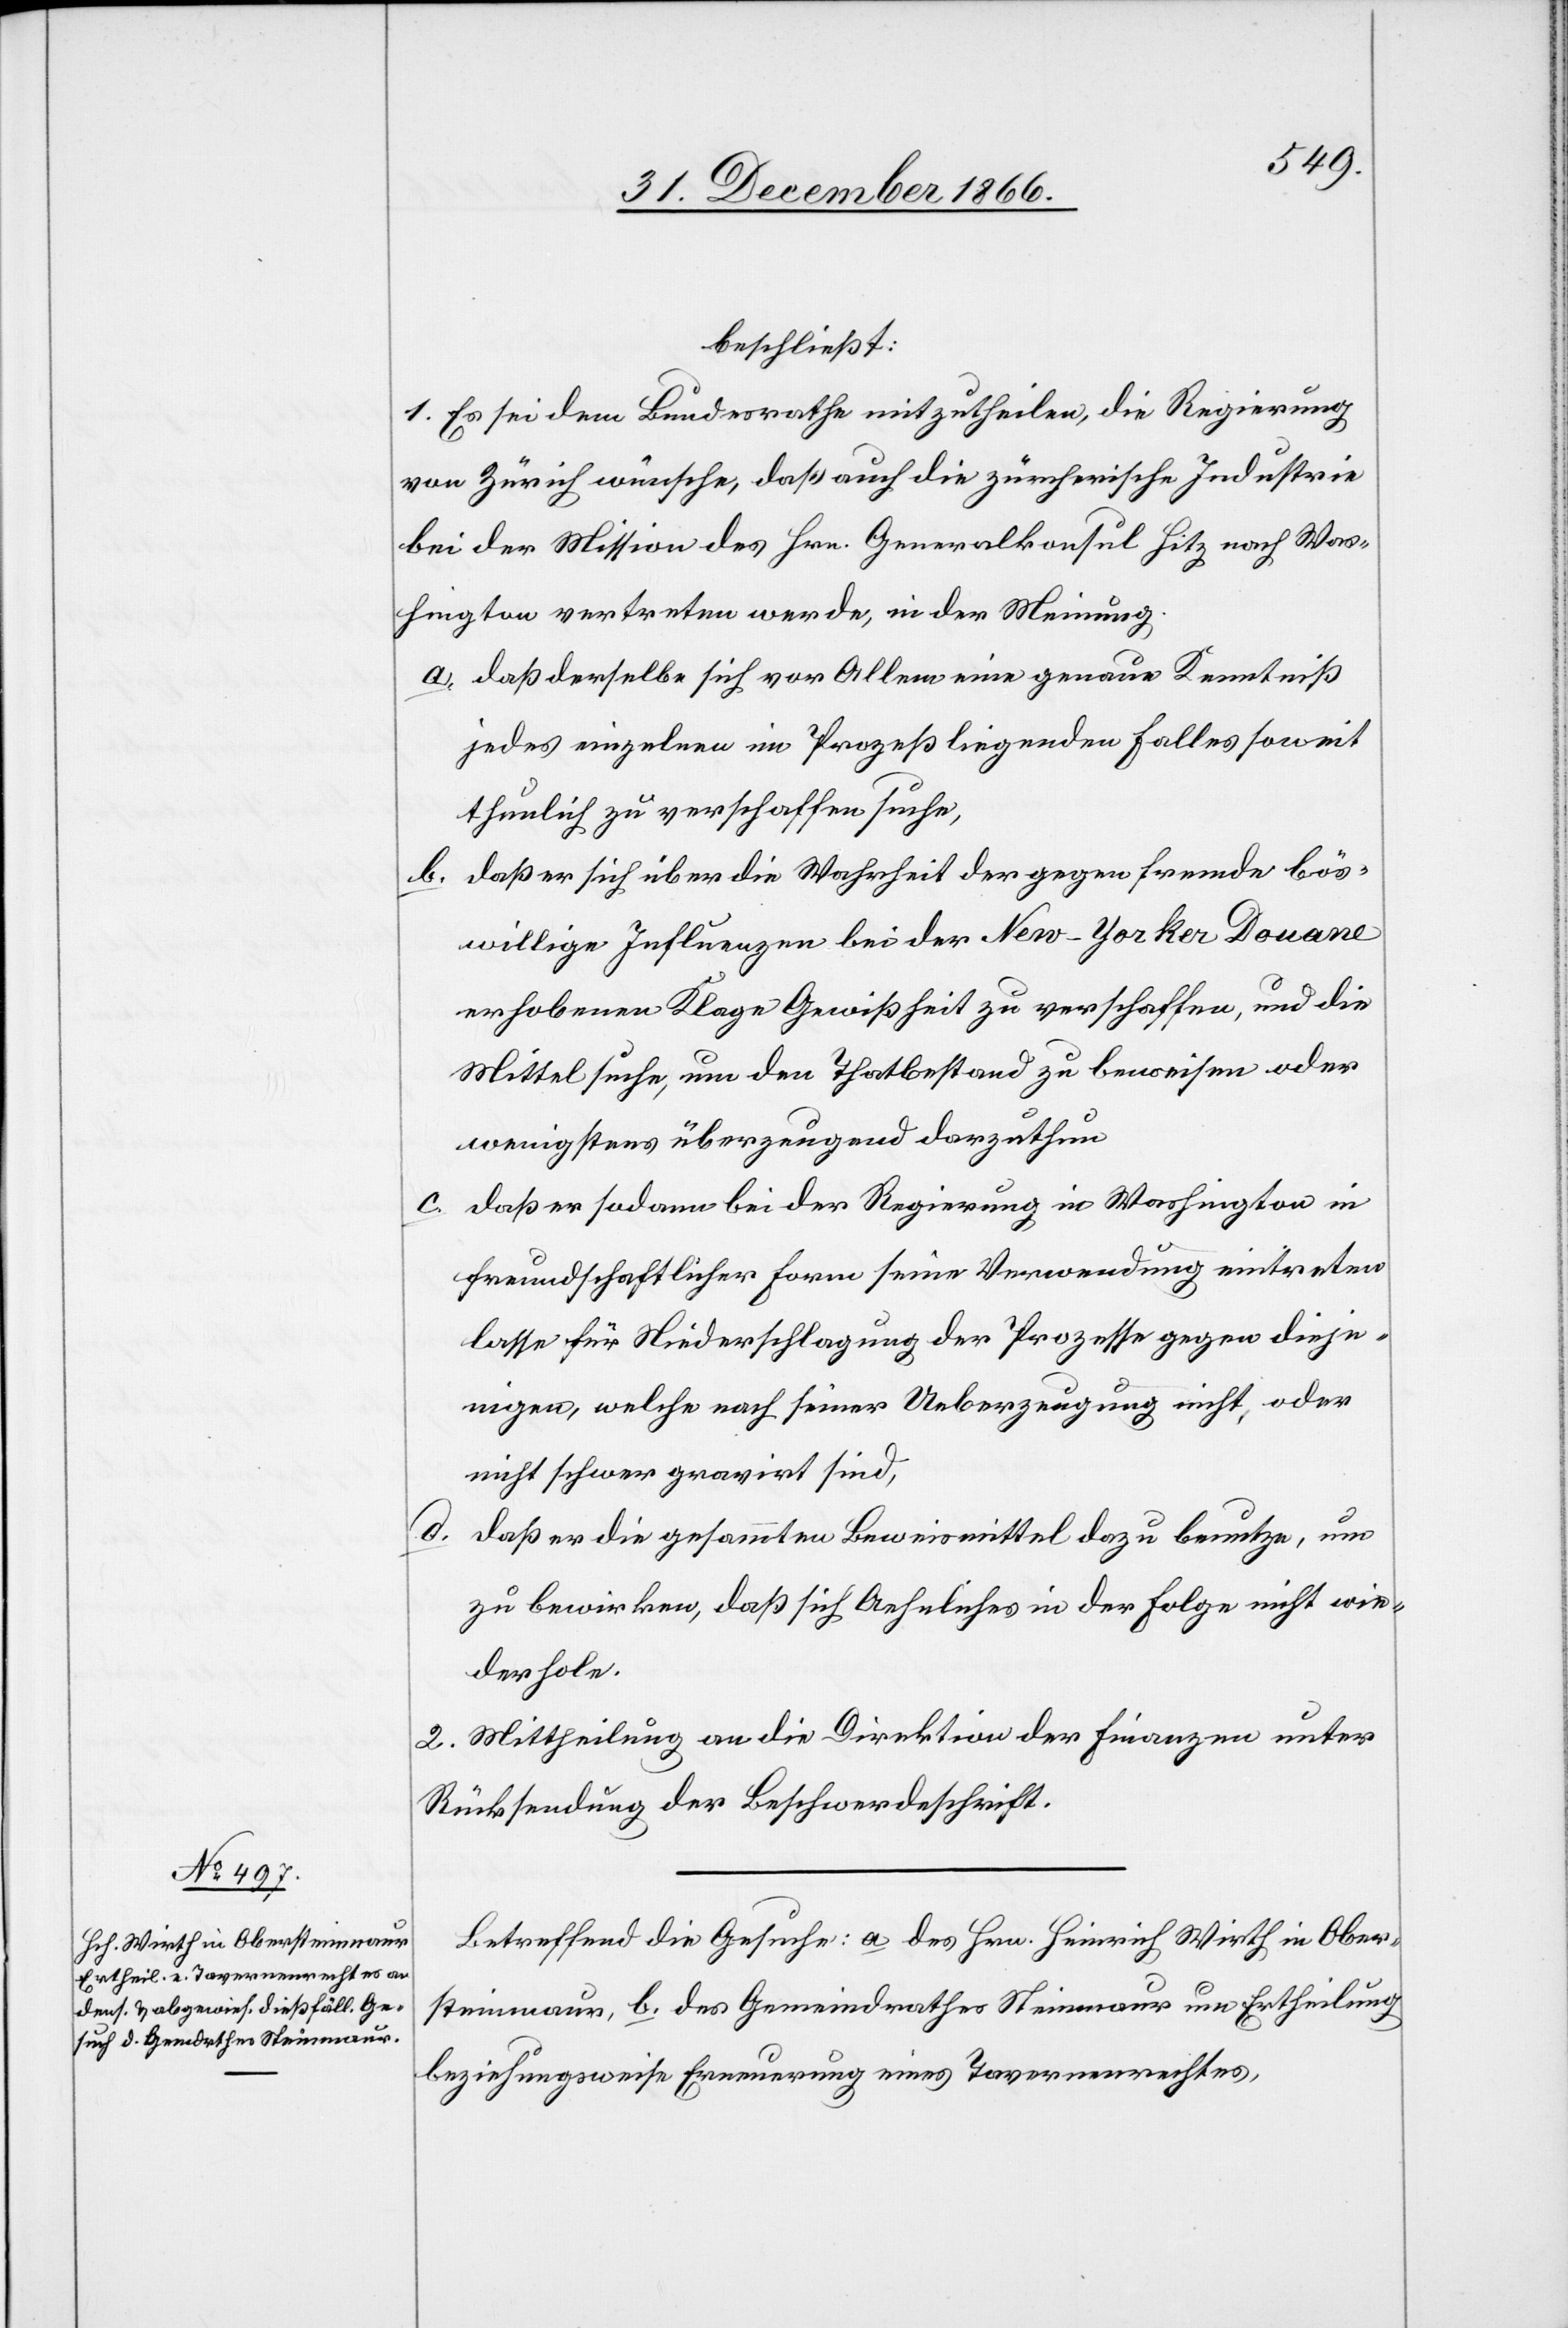
beschließt:
1. Es sei dem Bundesrathe mitzutheilen, die Regierung
von Zürich wünsche, daß auch die zürcherische Industrie
bei der Mission des Hrn. Generalkonsul Hitz nach Was¬
hington vertreten werde, in der Meinung
a. daß derselbe sich vor Allem eine genaue Kenntniß
jedes einzelnen im Prozeß liegenden Falles soweit
thunlich zu verschaffen suche,
b. daß er sich über die Wahrheit der gegen fremde bös¬
willige Influenzen bei der New-Yorker Douane
erhobenen Klage Gewißheit zu verschaffen, und die
Mittel suche, um den Thatbestand zu beweisen oder
wenigstens überzeugend darzuthun.
c. daß er sodann bei der Regierung in Washington in
freundschaftlicher Form seine Verwendung eintreten
lasse für Niederschlagung der Prozesse gegen dieje¬
nigen, welche nach seiner Ueberzeugung nicht, oder
nicht schwer gravirt sind.
d.
daß er die gesammten Beweismittel dazu benutze, um
zu bewirken, daß sich Aehnliches in der Folge nicht wie¬
derhole.
2. Mittheilung an die Direktion der Finanzen unter
Rücksendung der Beschwerdeschrift.
Betreffend die Gesuche: a. des Hrn. Heinrich Wirth in Ober¬
steinmaur, b. des Gemeindrathes Steinmaur um Ertheilung
beziehungsweise Erneuerung eines Tavernenrechtes,